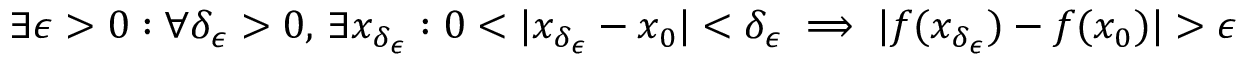
\exists \epsilon > 0 : \forall \delta _ { \epsilon } > 0 , \, \exists x _ { \delta _ { \epsilon } } : 0 < | x _ { \delta _ { \epsilon } } - x _ { 0 } | < \delta _ { \epsilon } \implies | f ( x _ { \delta _ { \epsilon } } ) - f ( x _ { 0 } ) | > \epsilon